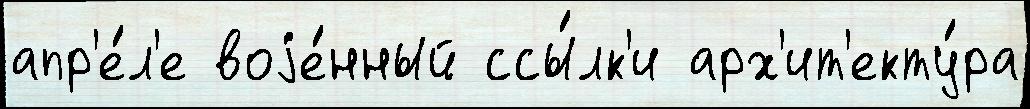
апр'е́л'е воjе́нный ссы́лк'и арх'ит'екту́ра